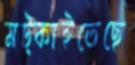
মট্‌কাইতেছে